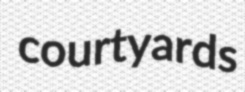
courtyards